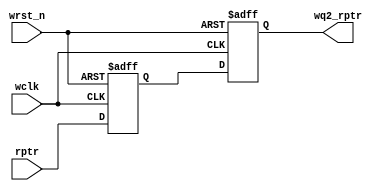
module sync_r2w

    #(
    parameter ASIZE = 4
    )(
    input  wire              wclk,
    input  wire              wrst_n,
    input  wire [ASIZE:0] rptr,
    output reg  [ASIZE:0] wq2_rptr
    );

    reg [ASIZE:0] wq1_rptr;

    always @(posedge wclk or negedge wrst_n) begin

        if (!wrst_n)
            {wq2_rptr,wq1_rptr} <= 0;
        else
            {wq2_rptr,wq1_rptr} <= {wq1_rptr,rptr};

    end

endmodule